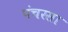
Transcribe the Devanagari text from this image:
पंचरसा